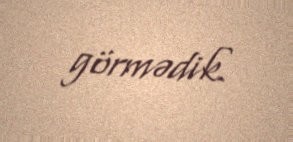
görmədik.